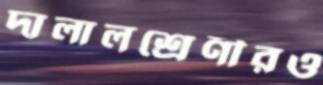
দালালশ্রেণীরও